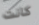
كانت